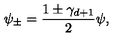
\psi _ { \pm } = \frac { 1 \pm \gamma _ { d + 1 } } { 2 } \psi ,